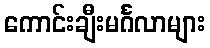
ကောင်းချီးမင်္ဂလာများ